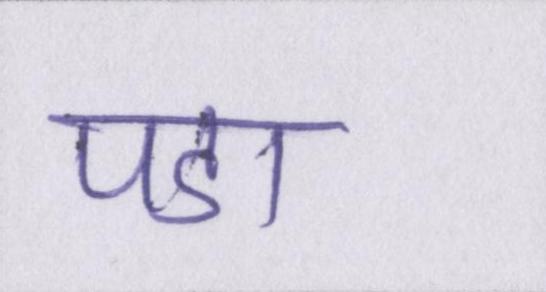
पडा